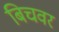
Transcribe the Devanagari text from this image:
बिचवर